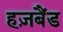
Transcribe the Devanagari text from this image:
हज़बैंड